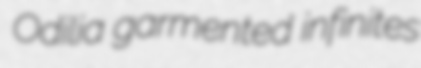
Odilia garmented infinites